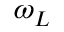
\omega _ { L }